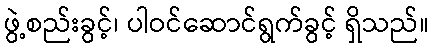
ဖွဲ့စည်းခွင့်၊ ပါဝင်ဆောင်ရွက်ခွင့် ရှိသည်။